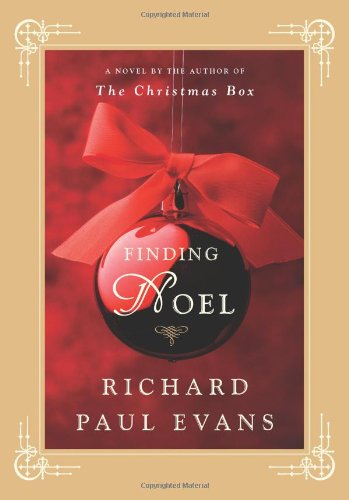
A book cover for Finding Noel: A Novel; Richard Paul Evans; Romance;